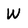
Character: W